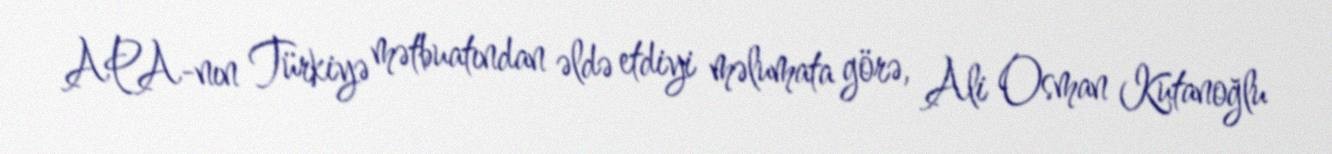
APA-nın Türkiyə mətbuatından əldə etdiyi məlumata görə, Ali Osman Kutanoğlu